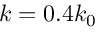
k = 0 . 4 k _ { 0 }